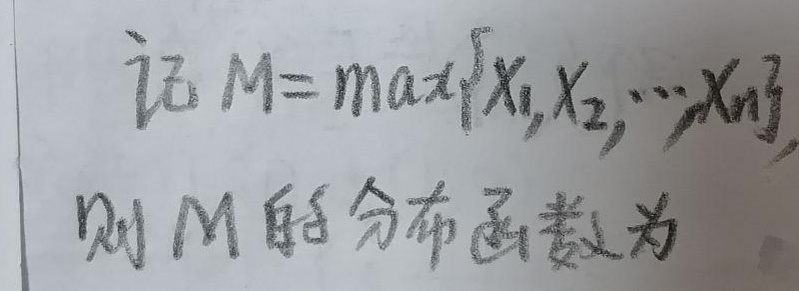
记 \(M = \max\{X_1, X_2, \cdots, X_n\}\)，则 \(M\) 的分布函数为